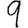
Digit: 9